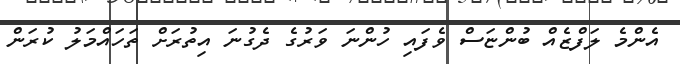
އެންމެ ލަފްޒެއް ބުންޏަސް ވެފައި ހުންނަ ވަރުގެ ދެގުނަ އިތުރަށް ތަހައްމަލު ކުރަން